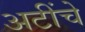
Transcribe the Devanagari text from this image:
अटींचे